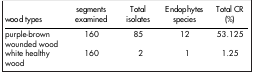
| wood types | segments examined | Total isolates | Endophytes species | Total CR (%) |
 | --- | --- | --- | --- | --- |
 | purple-brown wounded wood | 160 | 85 | 12 | 53.125 |
 | white healthy wood | 160 | 2 | 1 | 1.25 |